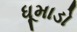
ધૂમાડો